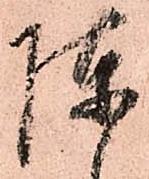
陣